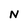
Character: N